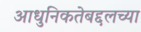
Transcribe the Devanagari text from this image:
आधुनिकतेबद्दलच्या